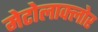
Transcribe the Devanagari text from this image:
मेटोलाक्‍लोर